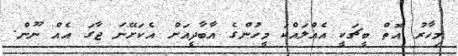
މިހާރު އޮތް ބީޗަކީ އެއްލައްކަ މީހުންގެ އާބާދީއަށް އެކަށޭނަ ޖާގަ އެއް ނޫން.